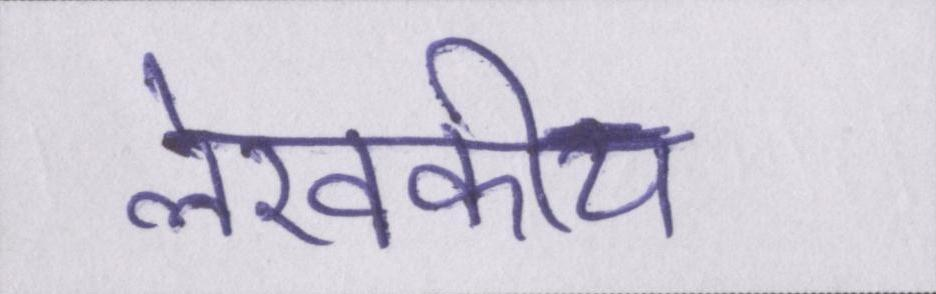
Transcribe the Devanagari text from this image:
लेखकीय